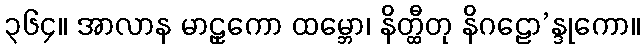
၃၆၄။ အာလာန မာဠှကော ထမ္ဘော၊ နိတ္ထီတု နိဂဠော’န္ဒုကော။